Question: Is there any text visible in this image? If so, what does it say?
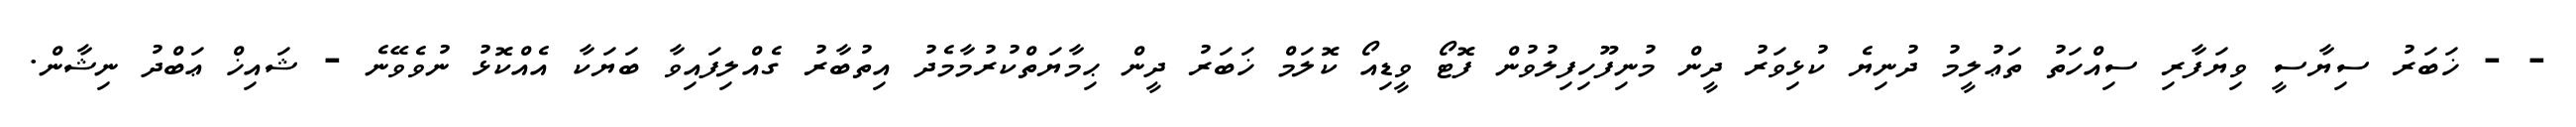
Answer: - - ޚަބަރު ސިޔާސީ ވިޔަފާރި ސިއްހަތު ތަޢުލީމު ދުނިޔެ ކުޅިވަރު ދީން މުނިފޫހިފިލުވުން ފޮޓޯ ވީޑިއޯ ކޮލަމް ޚަބަރު ދީން ޙިމާޔަތްކުރުމާމެދު އިތުބާރު ގެއްލިފައިވާ ބަޔަކާ އެއްކޮޅު ނުވެވޭނެ - ޝައިޚް ޢަބްދު ނިޝާން.